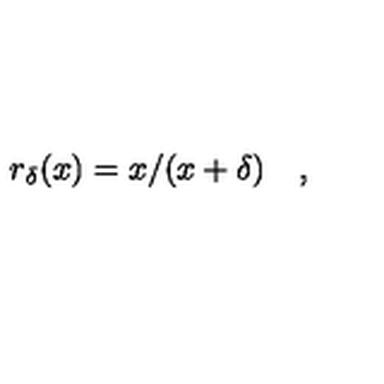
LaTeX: r _ { \delta } ( x ) = x / ( x + \delta ) \quad ,